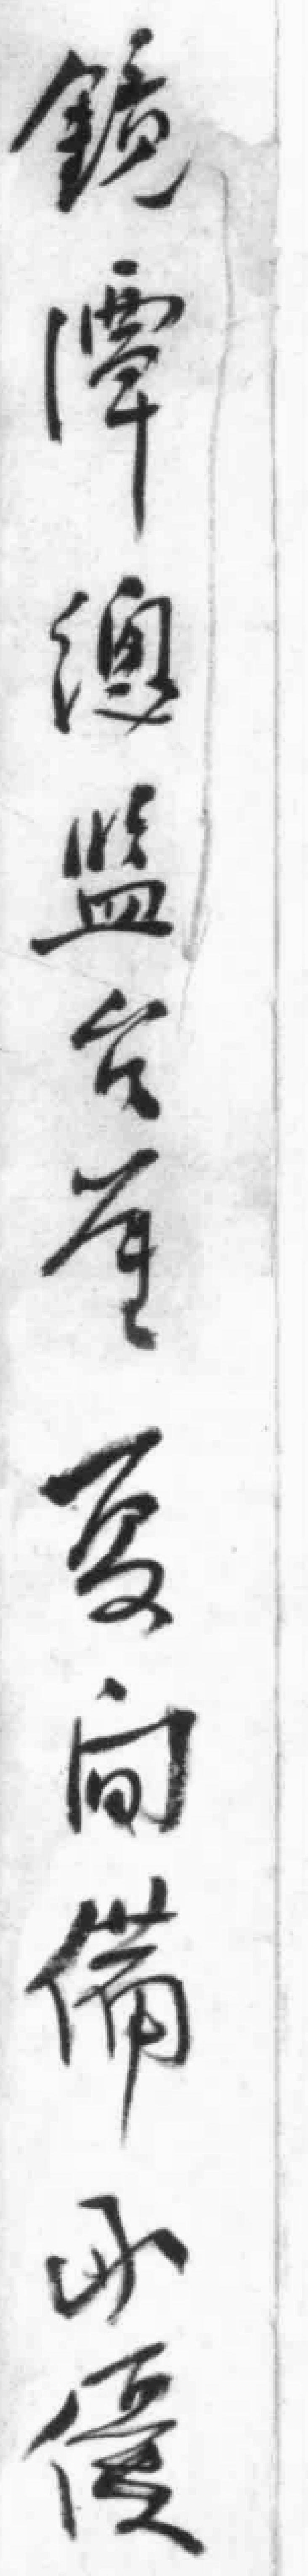
镜潭總监公*夏向備*優